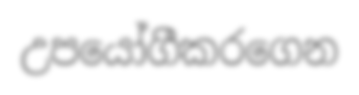
උපයෝගීකරගෙන